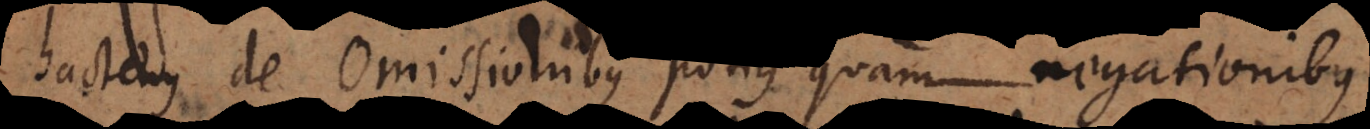
hactenus de Omissionibus potius quam negationibus